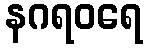
နဂရဝရေ